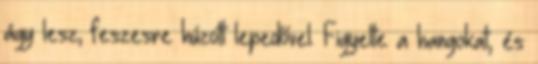
ágy lesz, feszesre húzott lepedővel. Figyelte a hangokat, és